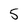
Character: 5